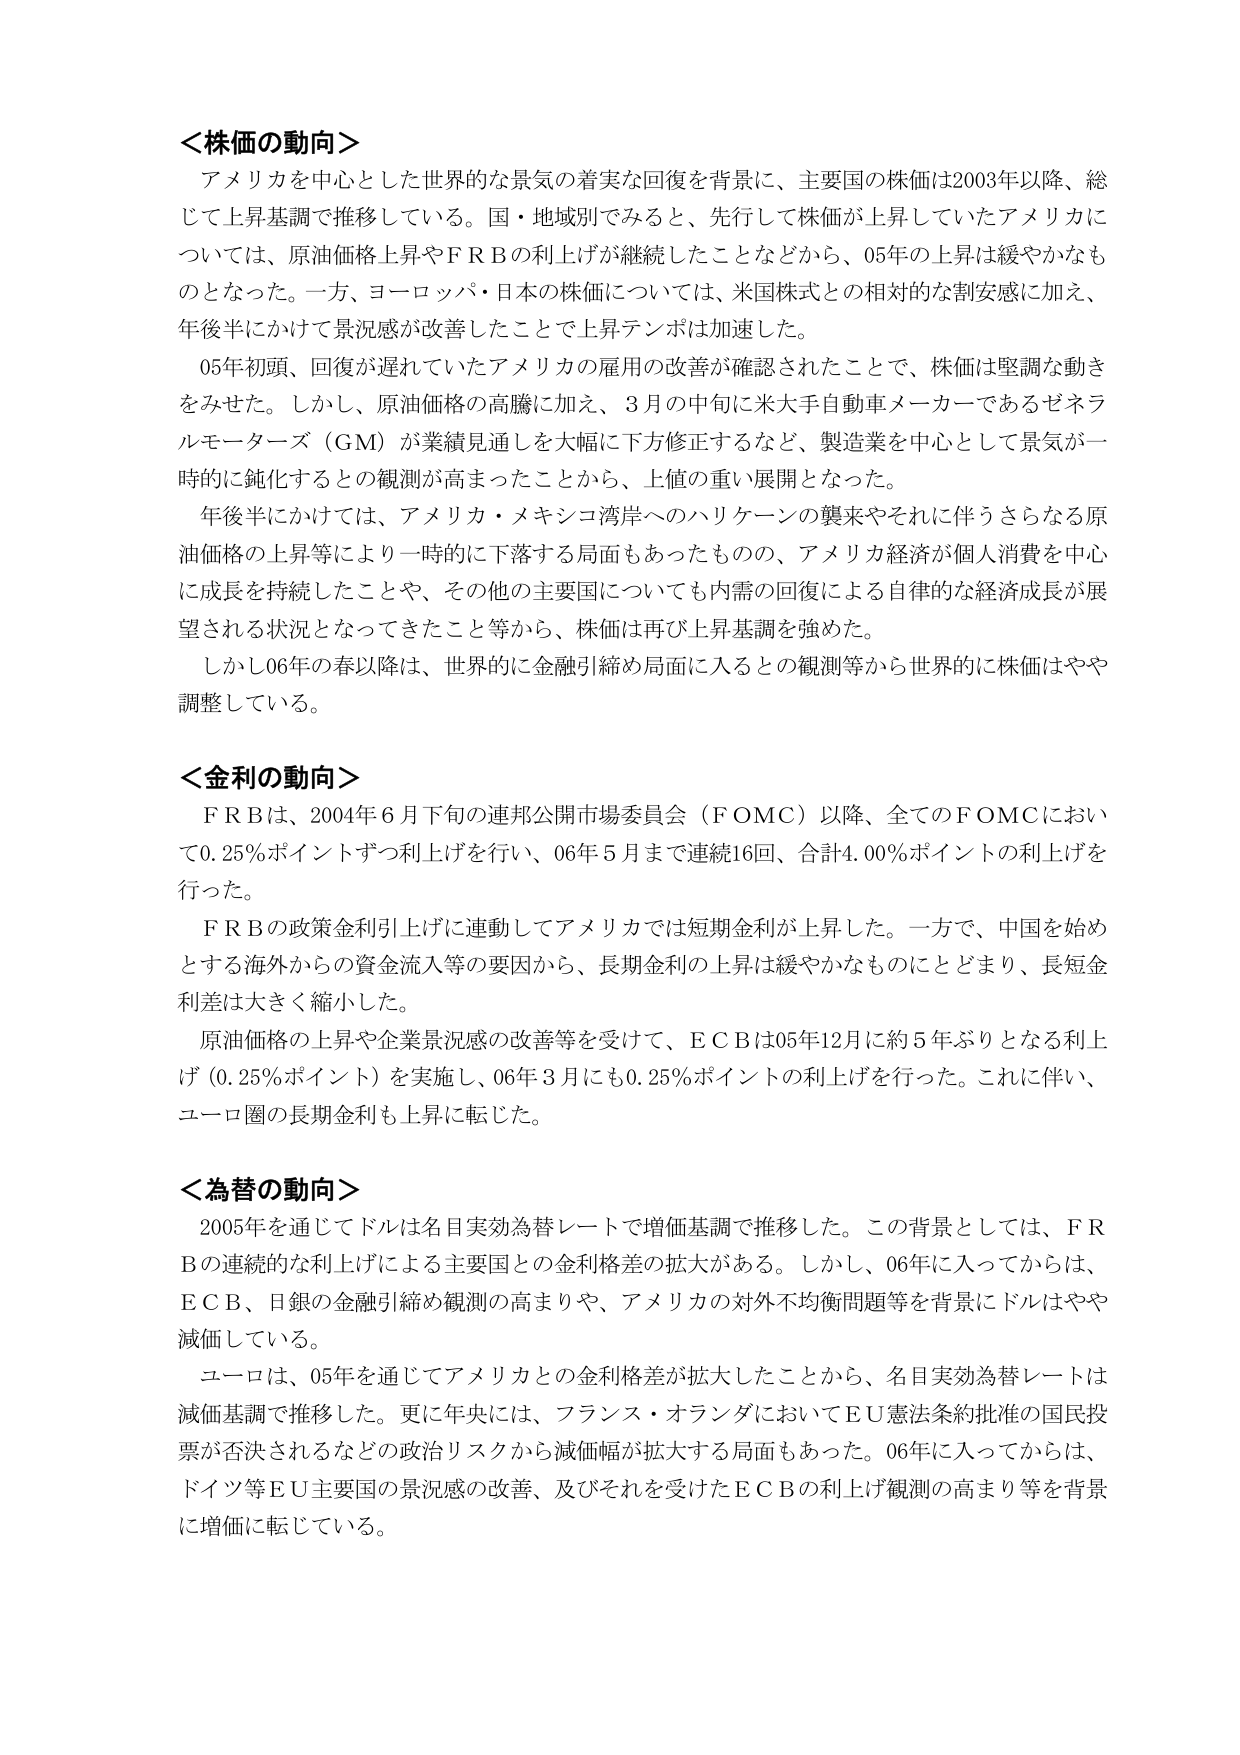
＜株価の動向＞
アメリカを中心とした世界的な景気の着実な回復を背景に、主要国の株価は2003年以降、総じて上昇基調で推移している。国・地域別でみると、先行して株価が上昇していたアメリカについては、原油価格上昇やＦＲＢの利上げが継続したことなどから、05年の上昇は緩やかなものとなった。一方、ヨーロッパ・日本の株価については、米国株式との相対的な割安感に加え、年後半にかけて景況感が改善したことで上昇テンポは加速した。
05年初頭、回復が遅れていたアメリカの雇用の改善が確認されたことで、株価は堅調な動きをみせた。しかし、原油価格の高騰に加え、3月の中旬に米大手自動車メーカーであるゼネラルモーターズ（ＧＭ）が業績見通しを大幅に下方修正するなど、製造業を中心として景気が一時的に鈍化するとの観測が高まったことから、上値の重い展開となった。
年後半にかけては、アメリカ・メキシコ湾岸へのハリケーンの襲来やそれに伴うさらなる原油価格の上昇等により一時的に下落する局面もあったものの、アメリカ経済が個人消費を中心に成長を持続したことや、その他の主要国についても内需の回復による自律的な経済成長が展望される状況となってきたこと等から、株価は再び上昇基調を強めた。
しかし06年の春以降は、世界的に金融引締め局面に入るとの観測等から世界的に株価はやや調整している。

＜金利の動向＞
ＦＲＢは、2004年６月下旬の連邦公開市場委員会（ＦＯＭＣ）以降、全てのＦＯＭＣにおいて0.25％ポイントずつ利上げを行い、06年５月まで連続16回、合計4.00％ポイントの利上げを行った。
ＦＲＢの政策金利引上げに連動してアメリカでは短期金利が上昇した。一方で、中国を始めとする海外からの資金流入等の要因から、長期金利の上昇は緩やかなものにとどまり、長短金利差は大きく縮小した。
原油価格の上昇や企業景況感の改善等を受けて、ＥＣＢは05年12月に約５年ぶりとなる利上げ（0.25％ポイント）を実施し、06年３月にも0.25％ポイントの利上げを行った。これに伴い、ユーロ圏の長期金利も上昇に転じた。

＜為替の動向＞
2005年を通じてドルは名目実効為替レートで増価基調で推移した。この背景としては、ＦＲＢの連続的な利上げによる主要国との金利格差の拡大がある。しかし、06年に入ってからは、ＥＣＢ、日銀の金融引締め観測の高まりや、アメリカの対外不均衡問題等を背景にドルはやや減価している。
ユーロは、05年を通じてアメリカとの金利格差が拡大したことから、名目実効為替レートは減価基調で推移した。更に年央には、フランス・オランダにおいてＥＵ憲法条約批准の国民投票が否決されるなどの政治リスクから減価幅が拡大する局面もあった。06年に入ってからは、ドイツ等ＥＵ主要国の景況感の改善、及びそれを受けたＥＣＢの利上げ観測の高まり等を背景に増価に転じている。